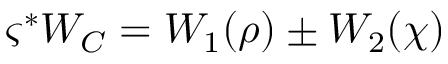
\varsigma ^ { * } W _ { C } = W _ { 1 } ( \rho ) \pm W _ { 2 } ( \chi )